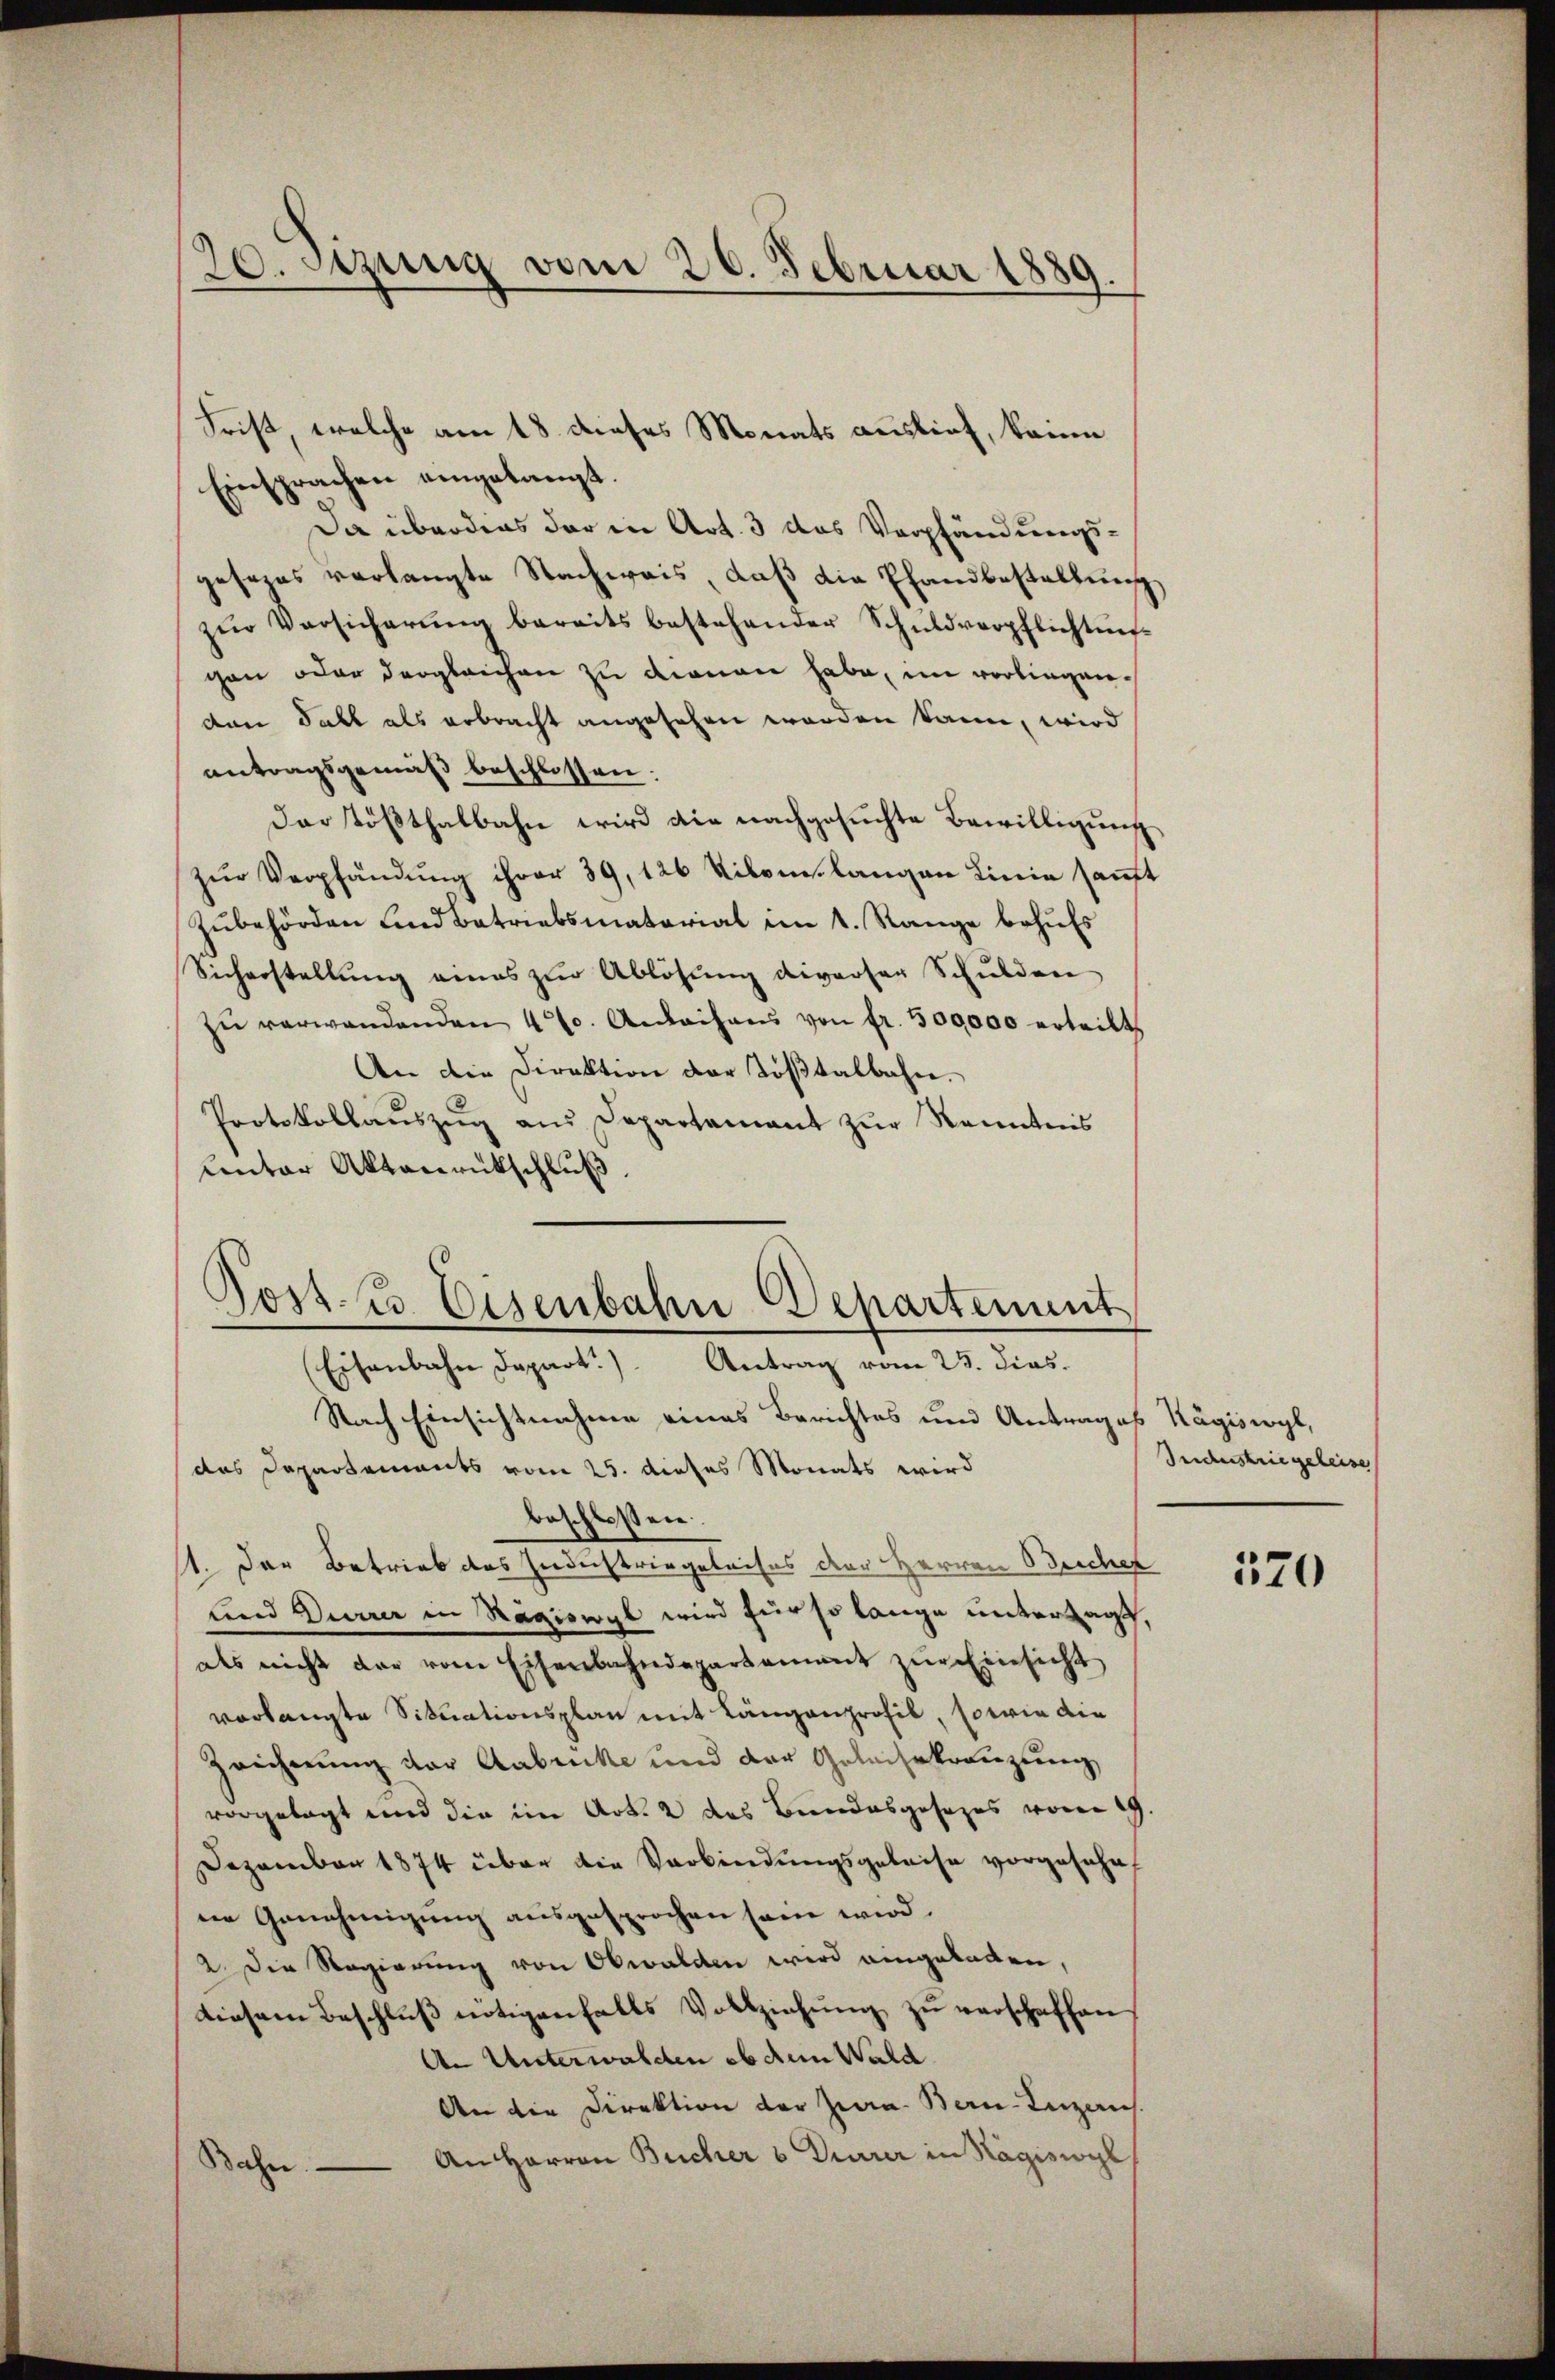
20. Szun vom 26. Februar 1889.

Einsprachen eingelangt.
Da überdies der in Art. 3 das Verpfändungsgesezes verlangte Nachweis, daß die Pfandbestellung
zŭr Versicherŭng bereits bestehender Schuldverpflichtun-
gen oder dergleichen zu denen habe, im vorliegenden Fall als erbracht angesehen worden kann, wird
antragsgemäß beschlossen:
der Tößthalbahn wird die nachgesuchte Bewilligung
zŭr Verpfändung ihrer 39, 126 Kilom. langen Linie sanft
Zubehörden und Betriebsmatorial im 1. Range behufs
Sicherstellung eines zur Ablösung divorser Schulden
zŭ verwandenden 4 t. Anleihans von fr. 500000 erteilt,
An die Direktion der Tößtalbahn.
Protokollaŭszŭg ans Departamant zur Kenntnis
unter Aktenrütschluß
Nach Einsichtnahme eines Berichtes und Antrages Kägisergl,
das Departements vom 25. dieses Monats wird
beschlossen:
11. Der Betrieb das Gerdachtvergeleises der Herren Beschef
und Dürrer in Rägiswyl wird für so lange untersagt,
als nicht der vom Eisenbahndepartament zŭr Einsicht
verlangte Situationsplan mit Längenprofil, so wie die
Zeichnung der Anbrucke und der Gelarkreuzung
vorgelegt und die im Art. 2 des Bundesgesezes von 19.
Dezember 1874 über die Verbindungsgeleise vorgesehe,
ne Genehmigung ausgesprochen sein wird.
2. Die Regierung von Obwalden wird angeladen,
diesem Beschlŭβ nötigenfalls Vollziehŭng zŭ verschaffen
An Unterwalden ob dem Wald
An die Direktion der Zwa. Ben-Inzens.
An Herren Bucher b. Durrer in Hägiswyl
Bahn

Frist, welche am 18. dieses Monats auslief, keine

Post. B. Eisenbahn Departement
(Eisenbahn Depart.) Antrag vom 23. dies.

Industriegeleise

170